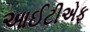
આઈટીએફ